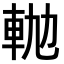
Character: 𨋛